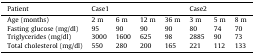
<table><thead><tr><td><b>Patient</b></td><td colspan="4"><b>Case1</b></td><td colspan="3"><b>Case2</b></td></tr></thead><tbody><tr><td>Age (months)</td><td>2 m</td><td>6 m</td><td>12 m</td><td>36 m</td><td>3 m</td><td>5 m</td><td>8 m</td></tr><tr><td>Fasting glucose (mg/dl)</td><td>95</td><td>90</td><td>90</td><td>90</td><td>80</td><td>74</td><td>70</td></tr><tr><td>Triglycerides (mg/dl)</td><td>3000</td><td>1600</td><td>625</td><td>98</td><td>2885</td><td>90</td><td>73</td></tr><tr><td>Total cholesterol (mg/dl)</td><td>550</td><td>280</td><td>200</td><td>165</td><td>221</td><td>112</td><td>133</td></tr></tbody></table>